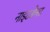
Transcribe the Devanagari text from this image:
नाइटक्वेस्ट